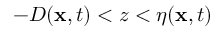
- D ( \mathbf { x } , t ) < z < \eta ( \mathbf { x } , t )